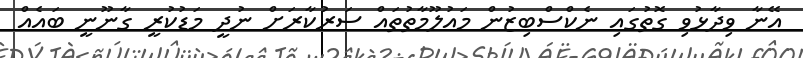
އޭނާ ވިދާޅުވި ގޮތުގައި ނެކްސްބިޒުން މައުލޫމާތުތައް ސަރުކާރަށް ނުދީ މަޑުކުރީ ގާނޫނީ ބައެއް